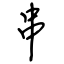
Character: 串